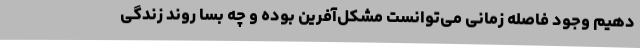
دهیم وجود فاصله زمانی می‌توانست مشکل‌آفرین بوده و چه بسا روند زندگی